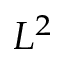
L ^ { 2 }